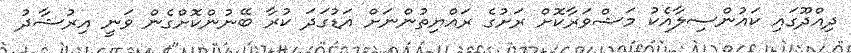
ދިއްދޫގައި ކައުންސިލާއެކު މަޝްވަރާކޮށް ރަށުގެ ރައްޔިތުންނަށް އަޑުގަދަ ކުރާ ބޭނުންކޮށްގެން ވަނީ އިރުޝާދު